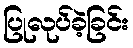
ပြုလုပ်ခဲ့ခြင်း